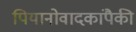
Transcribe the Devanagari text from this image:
पियानोवादकांपैकी